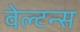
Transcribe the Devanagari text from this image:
वेल्टन्स